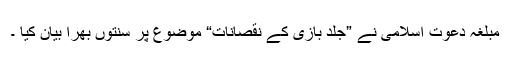
مبلغہ دعوت اسلامی نے ”جلد بازی کے نقصانات“ موضوع پر سنتوں بھرا بیان کیا ۔